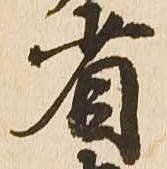
省